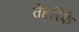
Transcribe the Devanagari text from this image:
तेहरिके